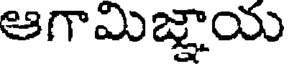
ఆగామిజ్ఞాయ